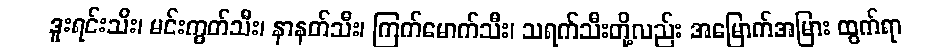
ဒူးရင်းသီး၊ မင်းကွတ်သီး၊ နာနတ်သီး၊ ကြက်မောက်သီး၊ သရက်သီးတို့လည်း အမြောက်အမြား ထွက်ရာ